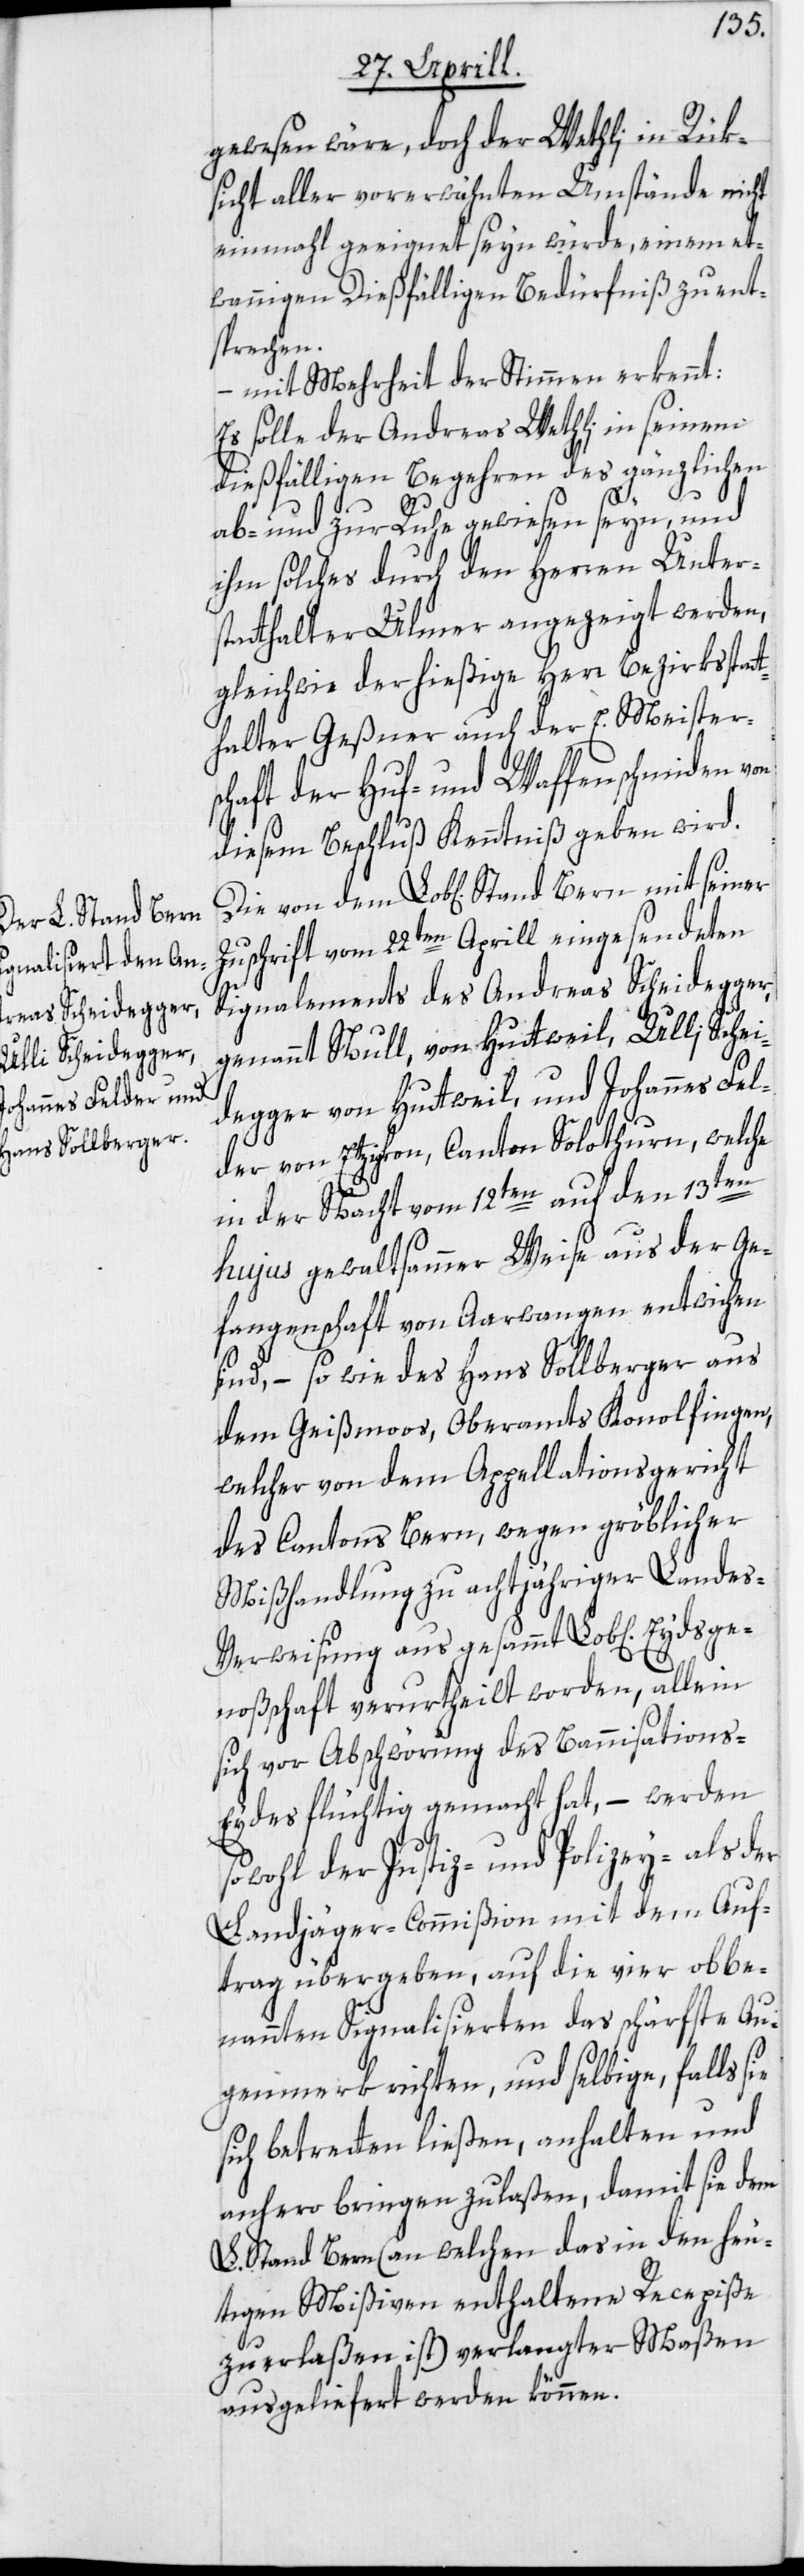
gewesen wäre, doch der Wethli in Rük¬
sicht aller vorerwähnten Umstände nicht
einmahl geeignet seyn würde, einem et¬
wannigen Dießfälligen Bedürfniß zu ent¬
sprechen.
– mit Mehrheit der Stimmen erkennt:
Es solle der Andreas Wethli in seinem
dießfälligen Begehren des gänzlichen
ab- und zur Ruhe gewiesen seyn, und
ihm solches durch den Herren Unter¬
statthalter Ulmer angezeigt werden,
gleichwie der hießige Herr Bezirksstat¬
thalter Geßner auch der E. Meister¬
schaft der Huf- und Waffenschmiden von
diesem Beschluß Kenntniß geben wird.
Zuschrift vom 22ten Aprill eingesendeten
Signalements des Andreas Scheidegger,
genannt Null, von Huttweil; Ulli Schei¬
degger von Huttweil, und Johannes Fel¬
der von Etzigkon, Canton Solothurn, welche
in der Nacht vom 12ten auf den 13ten
hujus gewaltsammer Weise aus der Ge¬
fangenschaft von Aarwangen entwichen
sind, – so wie des Hans Sollberger aus
dem Geißmoos, Oberamts Konolfingen,
welcher von dem Appellationsgericht
des Cantons Bern, wegen gröblicher
Mißhandlung zu achtjähriger Landes-V¬
erweisung aus gesammt Lob[licher] Eydsge¬
noßschaft verurtheilt worden, allein
sich vor Abschwörung des Bannisations-E¬
ydes flüchtig gemacht hat, – werden
sowohl der Justiz- und Polizey- als der
Landjäger-Commißion mit dem Auf¬
trag übergeben, auf die vier obbe¬
nannten Signalisierten das schärfste Au¬
genmerk richten, und selbige, falls sie
sich betretten ließen, anhalten und
anhero bringen zu laßen, damit sie dem
L. Stand Bern (an welchen das in den heu¬
tigen Mißiven enthaltene Recepiße
zu erlaßen ist) verlangter Maßen
ausgeliefert werden können.